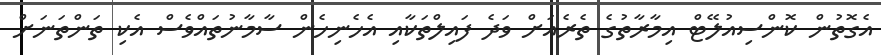
އެގޮތުން ކޮންސިއުލޭޓް އިމާރާތުގެ ތެރެއަށް ވަދެ ފައިލްތަކާއި އެހެނިހެން ސާމާނުތައްވެސް އެކި ތަންތަނަށް